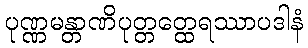
ပုဏ္ဏမန္တာဏိပုတ္တတ္ထေရဿာပဒါနံ